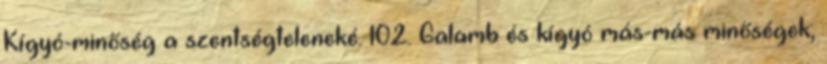
Kígyó-minőség a szentségteleneké. 102. Galamb és kígyó más-más minőségek;